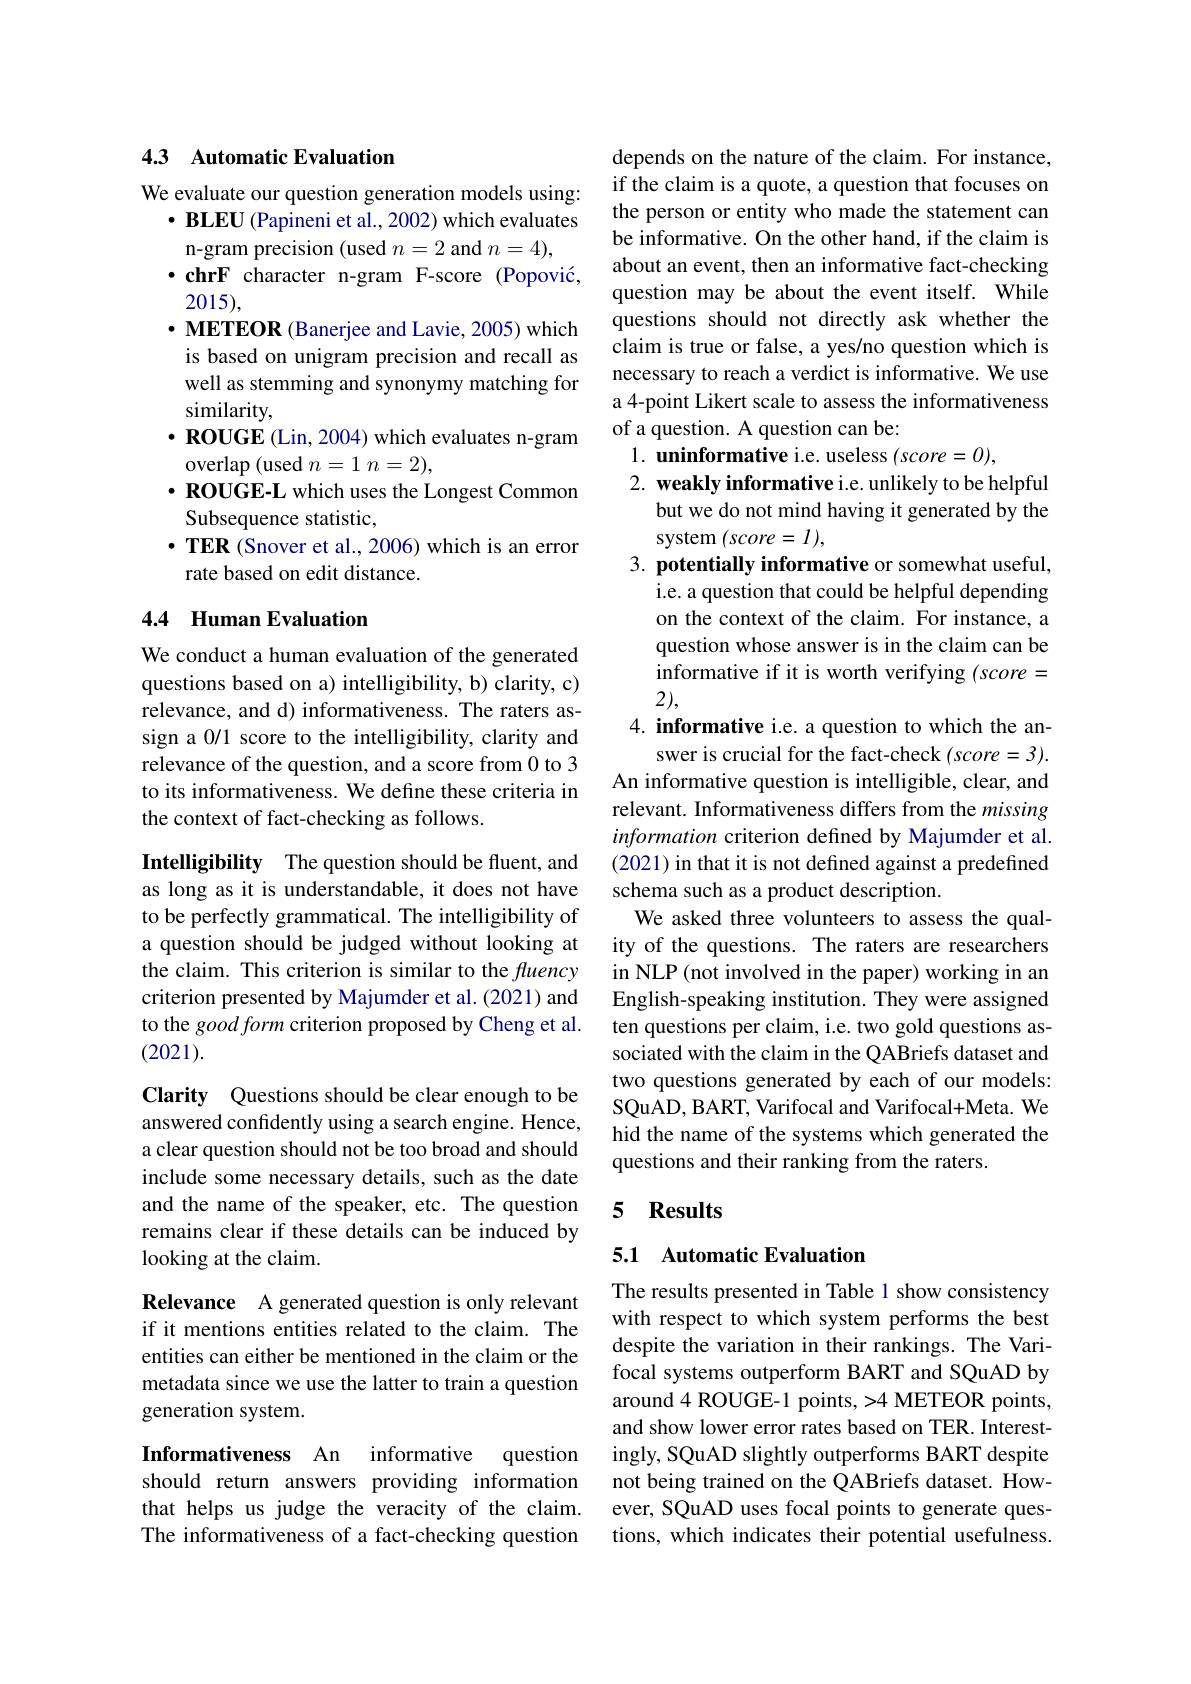
## 43 Automatic Evaluation

We evaluate our question generation models using:
$\cdot \textbf{BLEU ( Papineni et al. , 2002) which evaluates}$
n-gram precision (used $n=2$ and $n=4)$,
$\cdot chrF$ character n-gram F-score (Popović,
2015),
$\cdot \textbf{METEOR ( Banerjee and Lavie, 2005) which}$ is based on unigram precision and recall as well as stemming and synonymy matching for similarity,
$\cdot\dot{\mathbf{ROUGE}}$ (Lin, 2004) which evaluates n-gram
overlap (used $n=1$ $n=2)$,
$\cdot\dot{\text{ROUGE-L which uses the Longest Common}}$
Subsequence statistic,
$\cdot \textbf{TER ( Snover et al. , 2006) which is an error}$
rate based on edit distance.

### 4.4 Human Evaluation

We conduct a human evaluation of the generated questions based on a) intelligibility, b) clarity, c) relevance, and d) informativeness. The raters assign a 0/1 score to the intelligibility, clarity and relevance of the question, and a score from 0 to 3 to its informativeness. We define these criteria in the context of fact-checking as follows.

Intelligibility The question should be fluent, and as long as it is understandable, it does not have to be perfectly grammatical. The intelligibility of a question should be judged without looking at the claim. This criterion is similar to the fuency criterion presented by Majumder et al.(2021) and to the good form criterion proposed by Cheng et al. (2021).

Clarity Questions should be clear enough to be answered confidently using a search engine. Hence, a clear question should not be too broad and should include some necessary details, such as the date and the name of the speaker, etc. The question remains clear if these details can be induced by looking at the claim.

Relevance A generated question is only relevant if it mentions entities related to the claim. The entities can either be mentioned in the claim or the metadata since we use the latter to train a question generation system.

Informativeness An informative question should return answers providing information that helps us judge the veracity of the claim. The informativeness of a fact-checking question

depends on the nature of the claim. For instance, if the claim is a quote, a question that focuses on the person or entity who made the statement can be informative. On the other hand, if the claim is about an event, then an informative fact-checking question may be about the event itself. While questions should not directly ask whether the claim is true or false, a yes/no question which is necessary to reach a verdict is informative. We use a 4-point Likert scale to assess the informativeness of a question. A question can be:

$1. \textbf{ uninformative i. e. useless ( score= 0) , }$
2. weakly informative i.e. unlikely to be helpful
but we do not mind having it generated by the

system $(score=I)$,
3. potentially informative or somewhat useful,
i.e. a question that could be helpful depending on the context of the claim. For instance, a question whose answer is in the claim can be informative if it is worth verifying $(score=$ 2),
4. informative i.e. a question to which the an-
swer is crucial for the fact-check $(score=3).$ An informative question is intelligible, clear, and relevant. Informativeness differs from the missing information criterion defined by Majumder et al. (2021) in that it is not defined against a predefined schema such as a product description.
We asked three volunteers to assess the quality of the questions. The raters are researchers in NLP (not involved in the paper) working in an English-speaking institution. They were assigned ten questions per claim, i.e. two gold questions associated with the claim in the QABriefs dataset and two questions generated by each of our models: SQuAD, BART, Varifocal and Varifocal+Meta. We hid the name of the systems which generated the questions and their ranking from the raters.

## 5 Results

## 5.1 Automatic Evaluation

The results presented in Table 1 show consistency with respect to which system performs the best despite the variation in their rankings. The Varifocal systems outperform BART and SQuAD by around4 ROUGE-1 points, >4 METEOR points, and show lower error rates based on TER. Interestingly, SQuAD slightly outperforms BART despite not being trained on the QABriefs dataset. However, SQuAD uses focal points to generate questions, which indicates their potential usefulness.